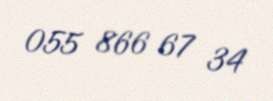
055 866 67 34